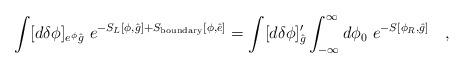
LaTeX: \begin{align*}\int [d \delta \phi ]_{e^\phi {\hat g}} ~ e^{-S_L[\phi,{\hat g}] + S_{\rm boundary}[\phi ,{\hat e}] } = \int [d \delta \phi ]^{\prime}_{{\hat g}} \int_{-\infty}^{\infty} d\phi_0 ~ e^{-S[\phi_R,{\hat g}] } \quad ,\end{align*}